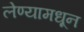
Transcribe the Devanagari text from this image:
लेण्यामधून